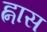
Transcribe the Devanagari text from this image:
ह्नास